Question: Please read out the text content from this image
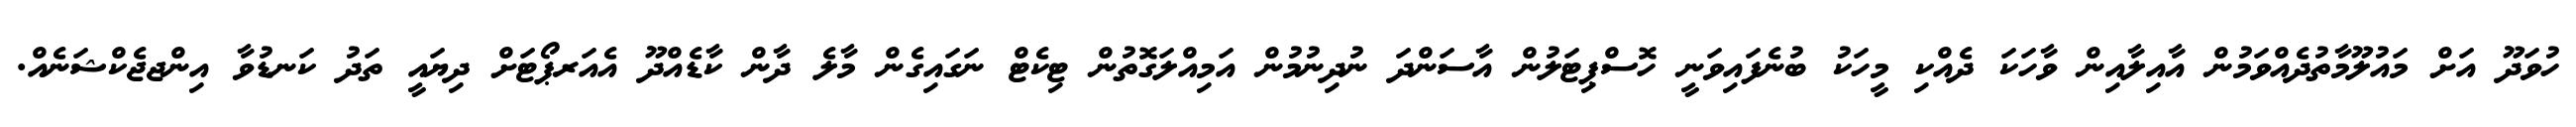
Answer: ހުވަދޫ އަށް މައުލޫމާތުދެއްވަމުން އާއިލާއިން ވާހަކަ ދެއްކި މީހަކު ބުނެފައިވަނީ ހޮސްޕިޓަލުން އާސަންދަ ނުދިނުމުން އަމިއްލަގޮތުން ޓިކެޓް ނަގައިގެން މާލެ ދާން ކާޑެއްދޫ އެއަރޕޯޓަށް ދިޔައީ ތަދު ކަނޑުވާ އިންޖޖެކްޝަނެއް.